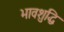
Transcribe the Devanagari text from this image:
भावशुद्धि